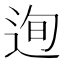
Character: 迿